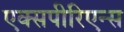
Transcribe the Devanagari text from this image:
एक्सपीरिएन्स